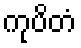
ကုပိတံ